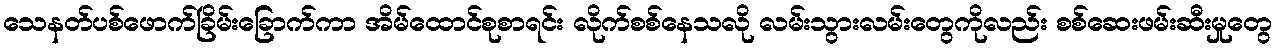
သေနတ်ပစ်ဖောက်ခြိမ်းခြောက်ကာ အိမ်ထောင်စုစာရင်း လိုက်စစ်နေသလို လမ်းသွားလမ်းတွေကိုလည်း စစ်ဆေးဖမ်းဆီးမှုတွေ